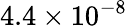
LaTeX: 4.4\times 10^{-8}